Annual report of the Punjab Veterinary College and of the Civil Veterinary Department, Punjab - 1926-1932
Year: 1926
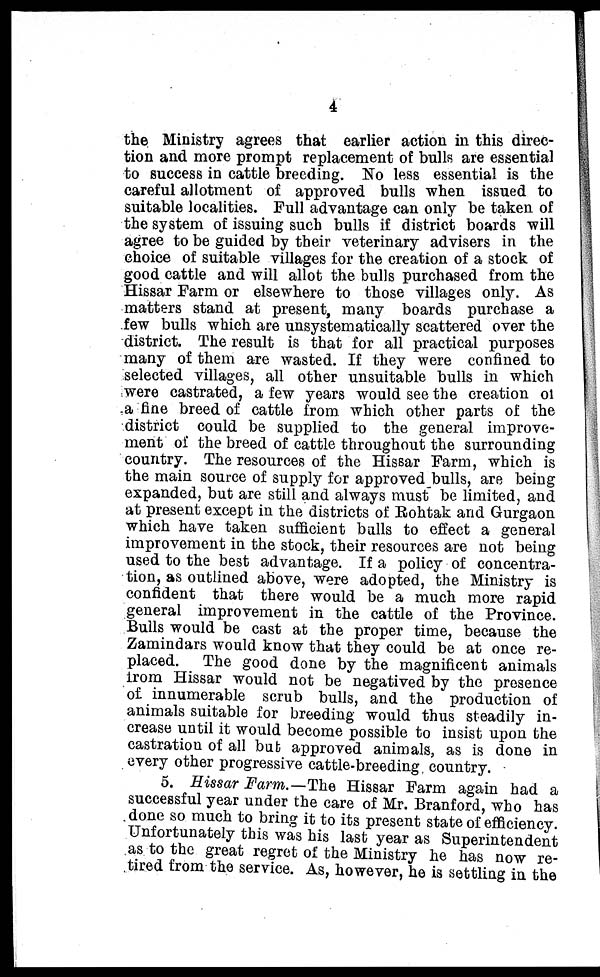
4
the Ministry agrees that earlier action in this direc-
tion and more prompt replacement of bulls are essential
to success in cattle breeding. No less essential is the
careful allotment of approved bulls when issued to
suitable localities. Full advantage can only be taken of
the system of issuing such bulls if district boards will
agree to be guided by their veterinary advisers in the
choice of suitable villages for the creation of a stock of
good cattle and will allot the bulls purchased from the
Hissar Farm or elsewhere to those villages only. As
matters stand at present, many boards purchase a
few bulls which are unsystematically scattered over the
district. The result is that for all practical purposes
many of them are wasted. If they were confined to
selected villages, all other unsuitable bulls in which
were castrated, a few years would see the creation of
a fine breed of cattle from which other parts of the
district could be supplied to the general improve-
ment of the breed of cattle throughout the surrounding
country. The resources of the Hissar Farm, which is
the main source of supply for approved bulls, are being
expanded, but are still and always must be limited, and
at present except in the districts of Rohtak and Gurgaon
which have taken sufficient balls to effect a general
improvement in the stock, their resources are not being
used to the best advantage. If a policy of concentra-
tion, as outlined above, were adopted, the Ministry is
confident that there would be a much more rapid
general improvement in the cattle of the Province.
Bulls would be cast at the proper time, because the
Zamindars would know that they could be at once re-
placed. The good done by the magnificent animals
from Hissar would not be negatived by the presence
of innumerable scrub bulls, and the production of
animals suitable for breeding would thus steadily in-
crease until it would become possible to insist upon the
castration of all but approved animals, as is done in
every other progressive cattle-breeding, country.
5. Hissar Farm.—The Hissar Farm again had a
successful year under the care of Mr. Branford, who has
done so much to bring it to its present state of efficiency.
Unfortunately this was his last year as Superintendent
as to the great regret of the Ministry he has now re-
tired from the service. As, however, he is settling in the